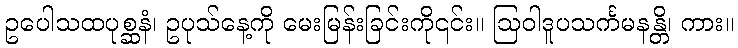
ဥပေါသထပုစ္ဆနံ၊ ဥပုသ်နေ့ကို မေးမြန်းခြင်းကို၎င်း။ ဩဝါဒူပသင်္ကမနန္တိ၊ ကား။